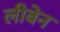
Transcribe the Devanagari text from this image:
लीबेन